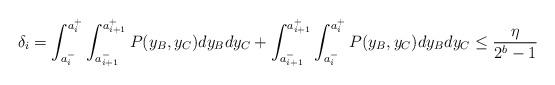
LaTeX: \begin{align*}\delta_{i} = \int_{a^-_i}^{a^+_i}\int_{a^-_{i+1}}^{a^+_{i+1}} P(y_{B},y_{C}) dy_B dy_C + \int_{a^-_{i+1}}^{a^+_{i+1}}\int_{a^-_i}^{a^+_i} P(y_{B},y_{C}) dy_B dy_C \leq \frac{\eta}{2^{b} - 1}\end{align*}